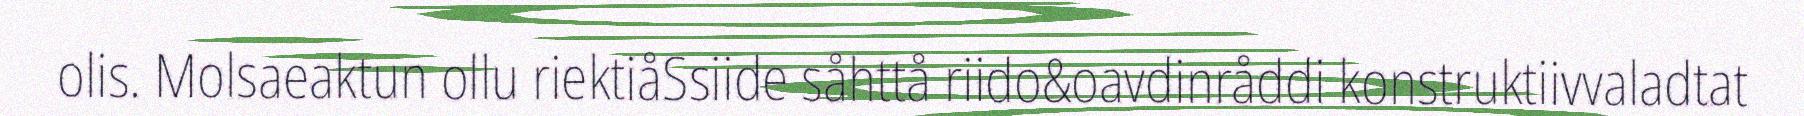
olis. Molsaeaktun ollu riektiåSsiide såhttå riido&oavdinråddi konstruktiivvaladtat